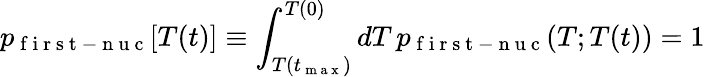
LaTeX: p_{\mathrm{~f~i~r~s~t~-~n~u~c~}}[T(t)]\equiv\int_{T(t_{\mathrm{~m~a~x~}})}^{T(0)}dT\, p_{\mathrm{~f~i~r~s~t~-~n~u~c~}}(T;T(t))=1